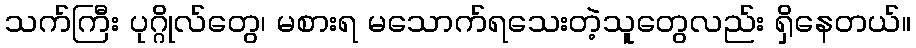
သက်ကြီး ပုဂ္ဂိုလ်တွေ၊ မစားရ မသောက်ရသေးတဲ့သူတွေလည်း ရှိနေတယ်။